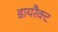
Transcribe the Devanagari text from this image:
डायरैक्ट